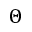
\Theta